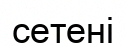
сетені